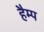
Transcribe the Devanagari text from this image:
हैम्प